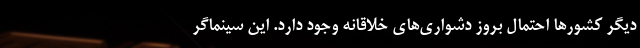
دیگر کشورها احتمال بروز دشواری‌های خلاقانه وجود دارد. این سینماگر